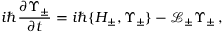
i \hbar \frac { \partial \Upsilon _ { \pm } } { \partial t } = i \hbar \{ H _ { \pm } , \Upsilon _ { \pm } \} - \mathcal { L } _ { \pm } \Upsilon _ { \pm } \, ,